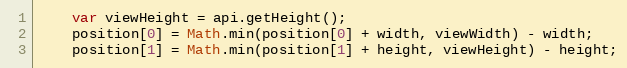
Language: JavaScript
    var viewHeight = api.getHeight();
    position[0] = Math.min(position[0] + width, viewWidth) - width;
    position[1] = Math.min(position[1] + height, viewHeight) - height;